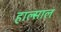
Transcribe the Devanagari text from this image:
हाल्साल